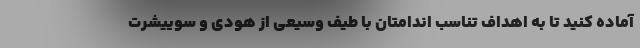
آماده کنید تا به اهداف تناسب اندامتان با طیف وسیعی از هودی و سوییشرت